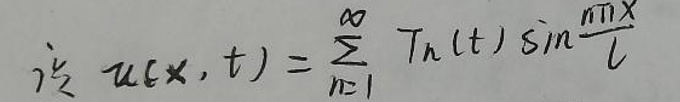
$\dot{u}(x,t)=\sum_{n=1}^{\infty}T_{n}(t)\sin\frac{n\pi x}{l}$